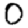
Digit: 0